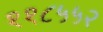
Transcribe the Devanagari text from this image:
११८५५२